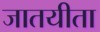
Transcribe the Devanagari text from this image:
जातयीता